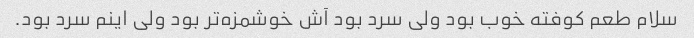
سلام طعم کوفته خوب بود ولی سرد بود آش خوشمزه‌تر بود ولی اینم سرد بود.